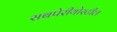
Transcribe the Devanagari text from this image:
सबपेरीयोस्टील